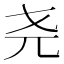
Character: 尧